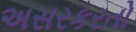
અસરકરતો